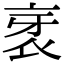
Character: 衺